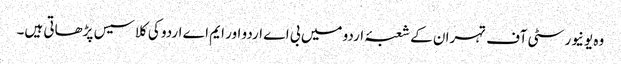
وہ یونیورسٹی آف تہران کے شعبۂ اردو میں بی اے اردو اور ایم اے اردو کی کلاسیس پڑھاتی ہیں۔